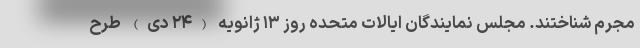
مجرم شناختند. مجلس نمایندگان ایالات متحده روز ۱۳ ژانویه (۲۴ دی) طرح